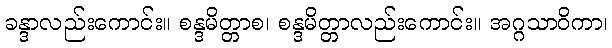
ခန္ဒာလည်းကောင်း။ စန္ဒမိတ္တာစ၊ စန္ဒမိတ္တာလည်းကောင်း။ အဂ္ဂသာဝိကာ၊